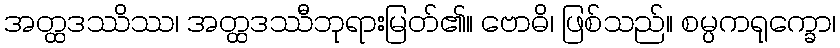
အတ္ထဒဿိဿ၊ အတ္ထဒဿီဘုရားမြတ်၏။ ဗောဓိ၊ ဖြစ်သည်။ စမ္ပကရုက္ခော၊